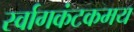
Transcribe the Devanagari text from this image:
र्स्वागकंटकमय